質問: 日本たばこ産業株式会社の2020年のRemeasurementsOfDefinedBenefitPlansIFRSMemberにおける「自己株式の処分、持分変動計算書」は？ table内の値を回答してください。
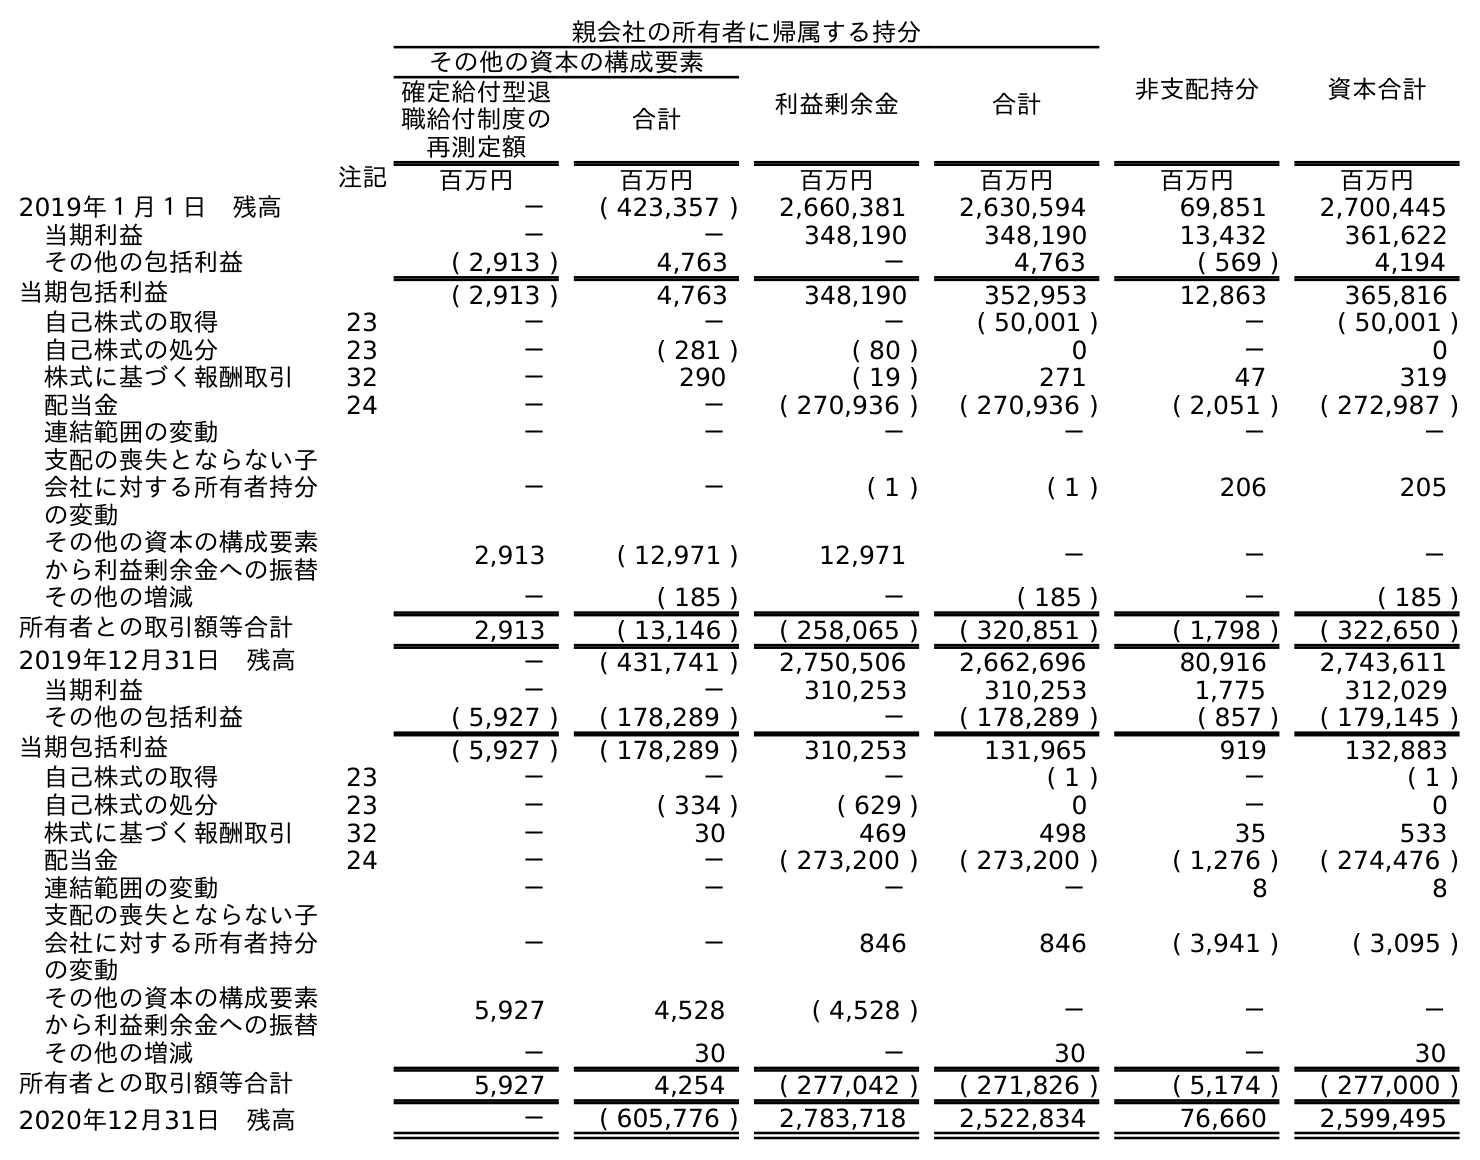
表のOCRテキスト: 親会社の所有者に帰属する持分 非支配持分 資本合計 その他の資本の構成要素 利益剰余金 合計 確定給付型退 職給付制度の 再測定額 合計 注記 百万円 百万円 百万円 百万円 百万円 百万円 2019年１月１日 残高 － ( 423,357 ) 2,660,381 2,630,594 69,851 2,700,445 当期利益 － － 348,190 348,190 13,432 361,622 その他の包括利益 ( 2,913 ) 4,763 － 4,763 ( 569 ) 4,194 当期包括利益 ( 2,913 ) 4,763 348,190 352,953 12,863 365,816 自己株式の取得 23 － － － ( 50,001 ) － ( 50,001 ) 自己株式の処分 23 － ( 281 ) ( 80 ) 0 － 0 株式に基づく報酬取引 32 － 290 ( 19 ) 271 47 319 配当金 24 － － ( 270,936 ) ( 270,936 ) ( 2,051 ) ( 272,987 ) 連結範囲の変動 － － － － － － 支配の喪失とならない子 会社に対する所有者持分 の変動 － － ( 1 ) ( 1 ) 206 205 その他の資本の構成要素 から利益剰余金への振替 2,913 ( 12,971 ) 12,971 － － － その他の増減 － ( 185 ) － ( 185 ) － ( 185 ) 所有者との取引額等合計 2,913 ( 13,146 ) ( 258,065 ) ( 320,851 ) ( 1,798 ) ( 322,650 ) 2019年12月31日 残高 － ( 431,741 ) 2,750,506 2,662,696 80,916 2,743,611 当期利益 － － 310,253 310,253 1,775 312,029 その他の包括利益 ( 5,927 ) ( 178,289 ) － ( 178,289 ) ( 857 ) ( 179,145 ) 当期包括利益 ( 5,927 ) ( 178,289 ) 310,253 131,965 919 132,883 自己株式の取得 23 － － － ( 1 ) － ( 1 ) 自己株式の処分 23 － ( 334 ) ( 629 ) 0 － 0 株式に基づく報酬取引 32 － 30 469 498 35 533 配当金 24 － － ( 273,200 ) ( 273,200 ) ( 1,276 ) ( 274,476 ) 連結範囲の変動 － － － － 8 8 支配の喪失とならない子 会社に対する所有者持分 の変動 － － 846 846 ( 3,941 ) ( 3,095 ) その他の資本の構成要素 から利益剰余金への振替 5,927 4,528 ( 4,528 ) － － － その他の増減 － 30 － 30 － 30 所有者との取引額等合計 5,927 4,254 ( 277,042 ) ( 271,826 ) ( 5,174 ) ( 277,000 ) 2020年12月31日 残高 － ( 605,776 ) 2,783,718 2,522,834 76,660 2,599,495
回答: －